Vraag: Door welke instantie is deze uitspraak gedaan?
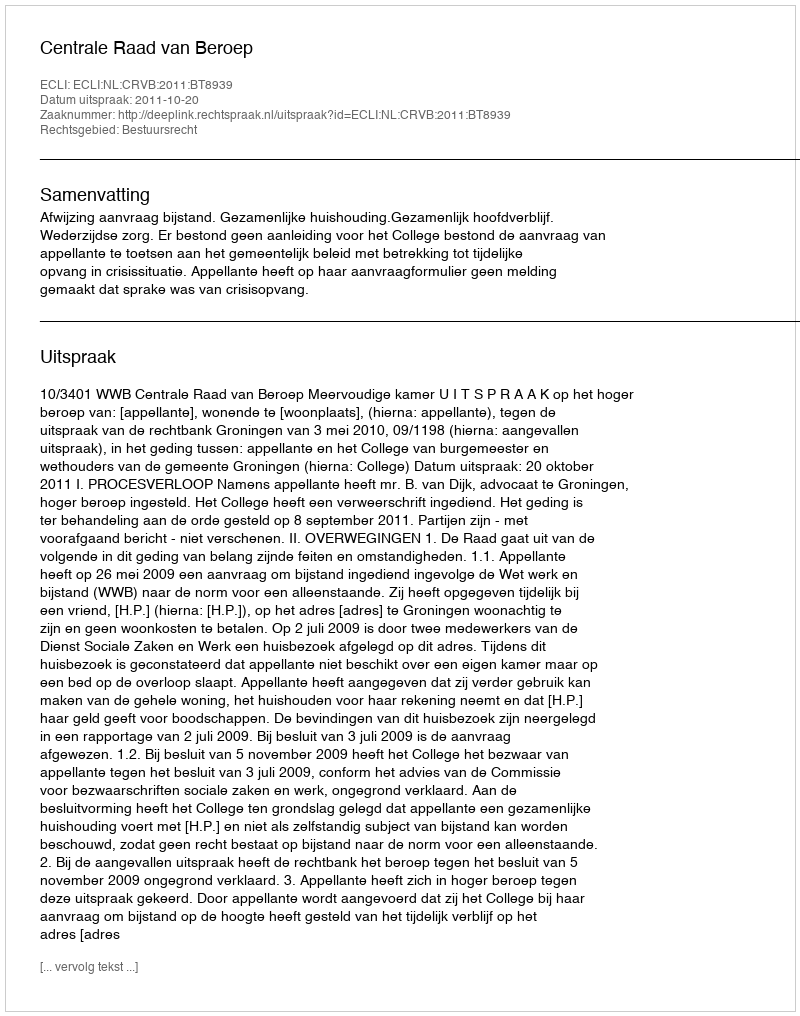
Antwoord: Centrale Raad van Beroep